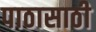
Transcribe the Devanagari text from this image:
पाठासाठी